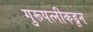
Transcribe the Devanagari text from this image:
गुरूपत्‍नीकडून